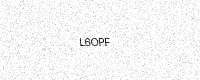
Text: L6OPF